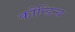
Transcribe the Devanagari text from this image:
कौन्डिन्य